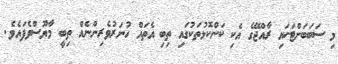
މި ސަބަބަށްޓަކައި ރާއްޖޭގެ އެކި ކަންކޮޅުތަކުގައި ތިބި އެތައް ހުނަރުވެރިންނެއް ތިބީ މާޔޫސްވެފައެވެ.